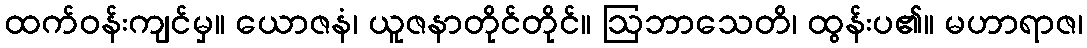
ထက်ဝန်းကျင်မှ။ ယောဇနံ၊ ယူဇနာတိုင်တိုင်။ ဩဘာသေတိ၊ ထွန်းပ၏။ မဟာရာဇ၊